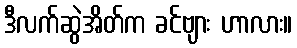
ဒီလက်ဆွဲအိတ်က ခင်ဗျား ဟာလား။